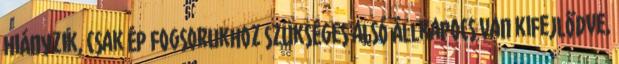
hiányzik, csak ép fogsorukhoz szükséges alsó állkapocs van kifejlődve,